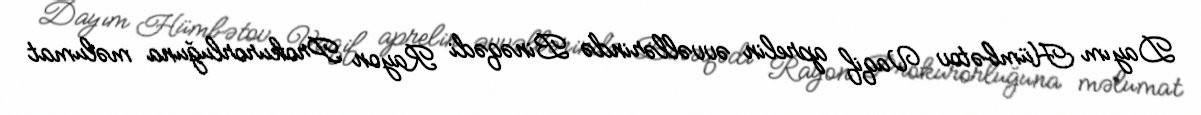
Dayım Hümbətov Vaqif aprelin əvvəllərində Binəqədi Rayon Prokurorluğuna məlumat